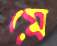
মে